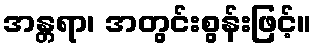
အန္တရာ၊ အတွင်းစွန်းဖြင့်။